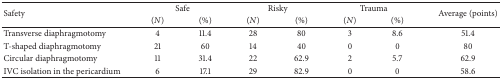
<table><thead><tr><td rowspan="2"><b>Safety</b></td><td colspan="2"><b>Safe</b></td><td colspan="2"><b>Risky</b></td><td colspan="2"><b>Trauma</b></td><td rowspan="2"><b>Average (points)</b></td></tr><tr><td><b>(<i>N</i>)</b></td><td><b>(%)</b></td><td><b>(<i>N</i>)</b></td><td><b>(%)</b></td><td><b>(<i>N</i>)</b></td><td><b>(%)</b></td></tr></thead><tbody><tr><td>Transverse diaphragmotomy</td><td>4</td><td>11.4</td><td>28</td><td>80</td><td>3</td><td>8.6</td><td>51.4</td></tr><tr><td>T-shaped diaphragmotomy</td><td>21</td><td>60</td><td>14</td><td>40</td><td>0</td><td>0</td><td>80</td></tr><tr><td>Circular diaphragmotomy</td><td>11</td><td>31.4</td><td>22</td><td>62.9</td><td>2</td><td>5.7</td><td>62.9</td></tr><tr><td>IVC isolation in the pericardium</td><td>6</td><td>17.1</td><td>29</td><td>82.9</td><td>0</td><td>0</td><td>58.6</td></tr></tbody></table>